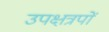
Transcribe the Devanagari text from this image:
उपक्षत्रपों